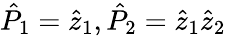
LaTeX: \hat{P}_{1}=\hat{z}_{1},\hat{P}_{2}=\hat{z}_{1}\hat{z}_{2}